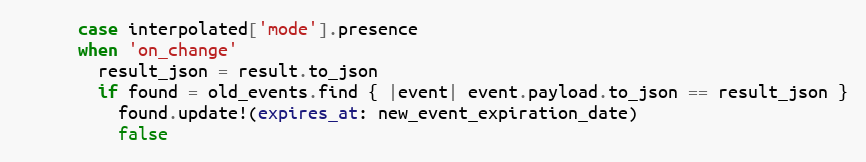
Language: Ruby
      case interpolated['mode'].presence
      when 'on_change'
        result_json = result.to_json
        if found = old_events.find { |event| event.payload.to_json == result_json }
          found.update!(expires_at: new_event_expiration_date)
          false